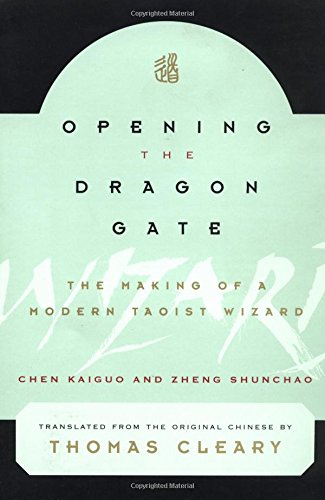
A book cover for Opening the Dragon Gate: The Making of a Modern Taoist Wizard; Chen Kaiguo; Biographies & Memoirs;